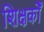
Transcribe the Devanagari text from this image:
शिक्षकोँ